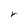
Character: r